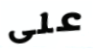
على